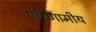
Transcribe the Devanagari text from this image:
परिणामीय